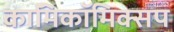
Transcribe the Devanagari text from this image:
काॅमिकॉमिक्सप